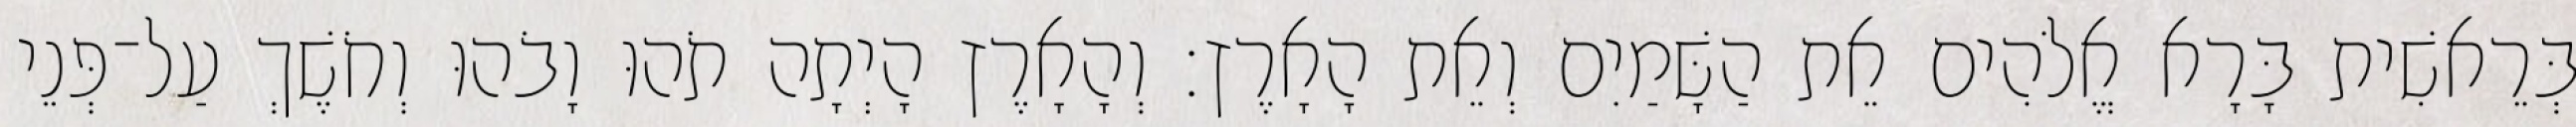
בְּרֵאשִׁית בָּרָא אֱלֹהִים אֵת הַשָּׁמַיִם וְאֵת הָאָרֶץ׃ וְהָאָרֶץ הָיְתָה תֹהוּ וָבֹהוּ וְחֹשֶׁךְ עַל־פְּנֵי